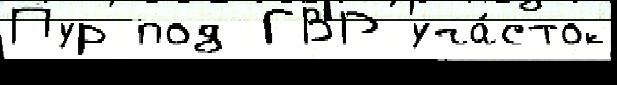
Пур под ГВР уча́сток